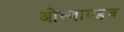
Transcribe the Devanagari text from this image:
ओस्वाल्डच